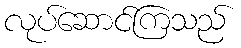
လုပ်ဆောင်ကြသည်